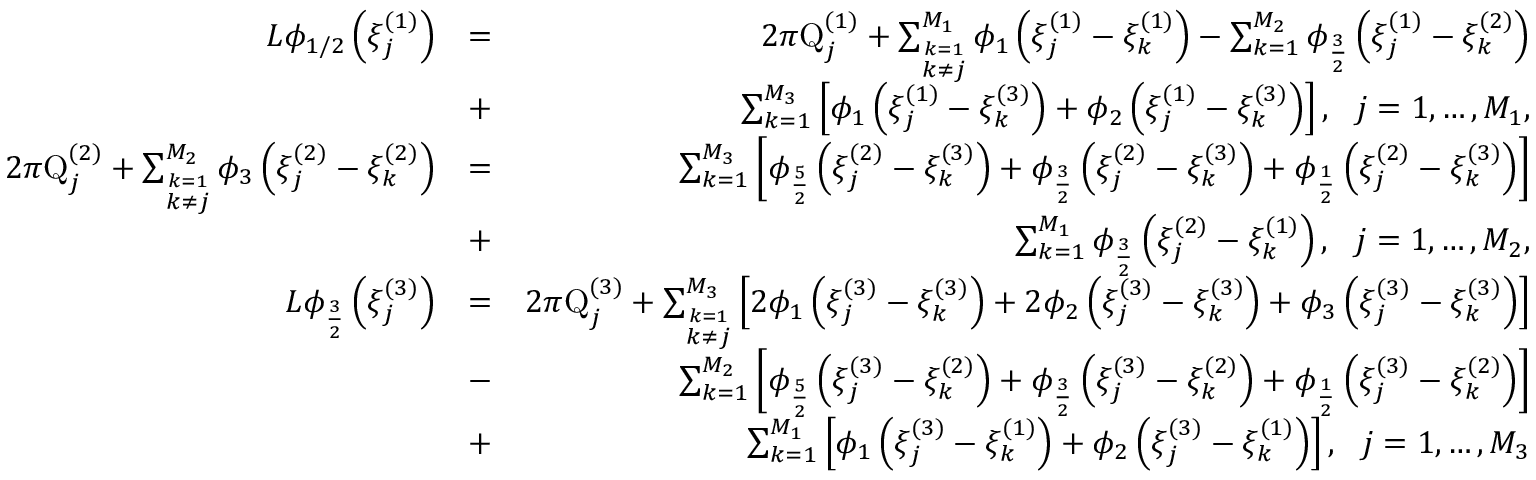
\begin{array} { r l r } { L \phi _ { 1 / 2 } \left( \xi _ { j } ^ { ( 1 ) } \right) } & { = } & { 2 \pi \mathrm { Q } _ { j } ^ { ( 1 ) } + \sum _ { \stackrel { k = 1 } { k \neq j } } ^ { M _ { 1 } } \phi _ { 1 } \left( \xi _ { j } ^ { ( 1 ) } - \xi _ { k } ^ { ( 1 ) } \right) - \sum _ { k = 1 } ^ { M _ { 2 } } \phi _ { \frac { 3 } { 2 } } \left( \xi _ { j } ^ { ( 1 ) } - \xi _ { k } ^ { ( 2 ) } \right) } \\ & { + } & { \sum _ { k = 1 } ^ { M _ { 3 } } \left[ \phi _ { 1 } \left( \xi _ { j } ^ { ( 1 ) } - \xi _ { k } ^ { ( 3 ) } \right) + \phi _ { 2 } \left( \xi _ { j } ^ { ( 1 ) } - \xi _ { k } ^ { ( 3 ) } \right) \right] , ~ ~ j = 1 , \dots , M _ { 1 } , } \\ { 2 \pi \mathrm { Q } _ { j } ^ { ( 2 ) } + \sum _ { \stackrel { k = 1 } { k \neq j } } ^ { M _ { 2 } } \phi _ { 3 } \left( \xi _ { j } ^ { ( 2 ) } - \xi _ { k } ^ { ( 2 ) } \right) } & { = } & { \sum _ { k = 1 } ^ { M _ { 3 } } \left[ \phi _ { \frac { 5 } { 2 } } \left( \xi _ { j } ^ { ( 2 ) } - \xi _ { k } ^ { ( 3 ) } \right) + \phi _ { \frac { 3 } { 2 } } \left( \xi _ { j } ^ { ( 2 ) } - \xi _ { k } ^ { ( 3 ) } \right) + \phi _ { \frac { 1 } { 2 } } \left( \xi _ { j } ^ { ( 2 ) } - \xi _ { k } ^ { ( 3 ) } \right) \right] } \\ & { + } & { \sum _ { k = 1 } ^ { M _ { 1 } } \phi _ { \frac { 3 } { 2 } } \left( \xi _ { j } ^ { ( 2 ) } - \xi _ { k } ^ { ( 1 ) } \right) , ~ ~ j = 1 , \dots , M _ { 2 } , } \\ { L \phi _ { \frac { 3 } { 2 } } \left( \xi _ { j } ^ { ( 3 ) } \right) } & { = } & { 2 \pi \mathrm { Q } _ { j } ^ { ( 3 ) } + \sum _ { \stackrel { k = 1 } { k \neq j } } ^ { M _ { 3 } } \left[ 2 \phi _ { 1 } \left( \xi _ { j } ^ { ( 3 ) } - \xi _ { k } ^ { ( 3 ) } \right) + 2 \phi _ { 2 } \left( \xi _ { j } ^ { ( 3 ) } - \xi _ { k } ^ { ( 3 ) } \right) + \phi _ { 3 } \left( \xi _ { j } ^ { ( 3 ) } - \xi _ { k } ^ { ( 3 ) } \right) \right] } \\ & { - } & { \sum _ { k = 1 } ^ { M _ { 2 } } \left[ \phi _ { \frac { 5 } { 2 } } \left( \xi _ { j } ^ { ( 3 ) } - \xi _ { k } ^ { ( 2 ) } \right) + \phi _ { \frac { 3 } { 2 } } \left( \xi _ { j } ^ { ( 3 ) } - \xi _ { k } ^ { ( 2 ) } \right) + \phi _ { \frac { 1 } { 2 } } \left( \xi _ { j } ^ { ( 3 ) } - \xi _ { k } ^ { ( 2 ) } \right) \right] } \\ & { + } & { \sum _ { k = 1 } ^ { M _ { 1 } } \left[ \phi _ { 1 } \left( \xi _ { j } ^ { ( 3 ) } - \xi _ { k } ^ { ( 1 ) } \right) + \phi _ { 2 } \left( \xi _ { j } ^ { ( 3 ) } - \xi _ { k } ^ { ( 1 ) } \right) \right] , ~ ~ j = 1 , \dots , M _ { 3 } } \end{array}